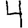
Digit: 4